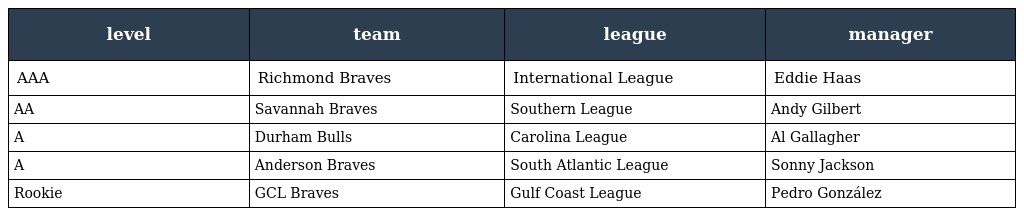
| level | team | league | manager |
 | --- | --- | --- | --- |
 | AAA | Richmond Braves | International League | Eddie Haas |
 | AA | Savannah Braves | Southern League | Andy Gilbert |
 | A | Durham Bulls | Carolina League | Al Gallagher |
 | A | Anderson Braves | South Atlantic League | Sonny Jackson |
 | Rookie | GCL Braves | Gulf Coast League | Pedro González |